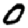
Digit: 0